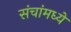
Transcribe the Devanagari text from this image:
संचांमध्ये